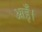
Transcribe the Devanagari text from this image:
आईँ।